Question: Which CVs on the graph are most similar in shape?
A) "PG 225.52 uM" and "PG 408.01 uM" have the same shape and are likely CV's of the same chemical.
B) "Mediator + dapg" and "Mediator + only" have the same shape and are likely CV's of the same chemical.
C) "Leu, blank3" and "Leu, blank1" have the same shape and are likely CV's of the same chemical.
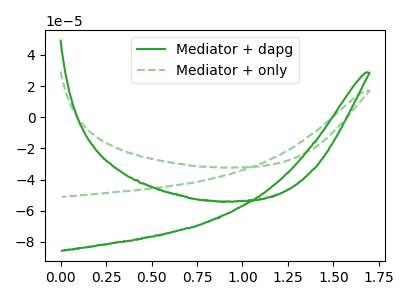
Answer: <think>The green curve "Mediator + dapg" has no peaks. The green dashed curve "Mediator + only" has no peaks.
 Neither "Mediator + dapg" or "Mediator + only" have any peaks.</think>
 <answer>B) "Mediator + dapg" and "Mediator + only" have the same shape and are likely CV's of the same chemical.</answer>
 <eval>B</eval>